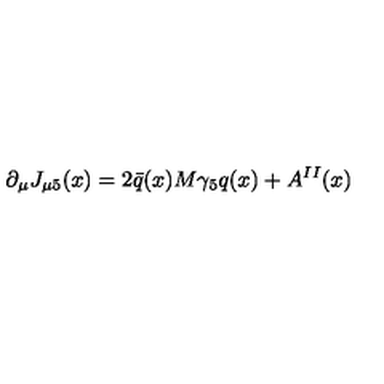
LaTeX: \partial _ { \mu } J _ { \mu 5 } ( x ) = 2 \bar { q } ( x ) M \gamma _ { 5 } q ( x ) + A ^ { I I } ( x )